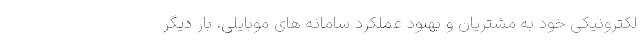
لکترونیکی خود به مشتریان و بهبود عملکرد سامانه های موبایلی، بار دیگر